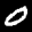
Label: 0